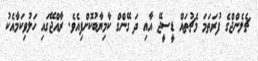
ޗެލެންޖްގެ ފުރަތަމަ މެޗުތައް ޑީސީޖޭ އާއި ދަ ގޭންގް ކާމިޔާބުކޮށްފިއެވެ. ރާއްޖޭގައި ހަލުވިކަމާއެކު